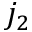
j _ { 2 }